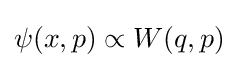
\psi (x,p)\propto W(q,p)